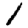
Digit: 1